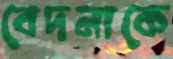
বেদনাকে